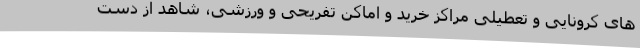
های کرونایی و تعطیلی مراکز خرید و اماکن تفریحی و ورزشی، شاهد از دست